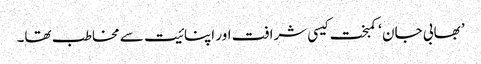
’ بھابی جان ‘ کمبخت کیسی شرافت اور اپنائیت سے مخاطب تھا۔